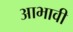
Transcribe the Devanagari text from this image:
आभावी